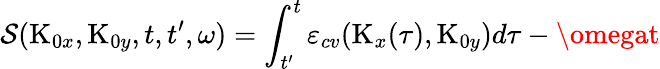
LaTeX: \mathcal{S}(\textrm{{K}}_{0x},\textrm{{K}}_{0y},t,t^{\prime},\omega)=\int_{t^{\prime}}^{t}\varepsilon_{cv}(\textrm{{K}}_{x}(\tau),\textrm{{K}}_{0y})d\tau-\omegat